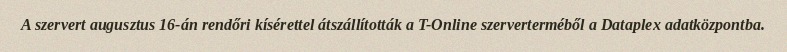
A szervert augusztus 16-án rendőri kísérettel átszállították a T-Online szerverterméből a Dataplex adatközpontba.